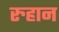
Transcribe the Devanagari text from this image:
रुहान